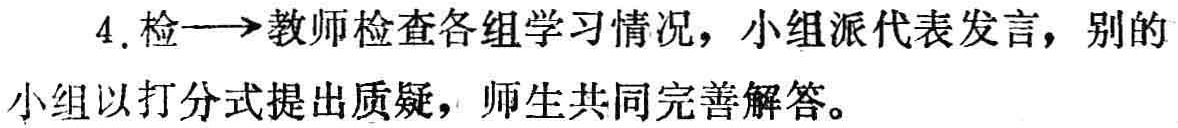
4. 检$\longrightarrow$教师检查各组学习情况，小组派代表发言，别的小组以打分式提出质疑，师生共同完善解答。